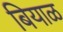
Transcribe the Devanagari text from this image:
बियाळ